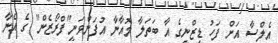
އެލްސާ އަށް ފަހު ޑިޒްނީގެ އާ ބަތަލާ މޮއާނާ އުފަންވަނީ"ފްރޯޒެން" ގެ އެނާ